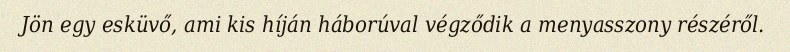
Jön egy esküvő, ami kis híján háborúval végződik a menyasszony részéről.